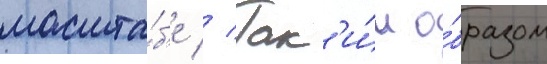
масшта́б'е // Так'и́м о́бразом